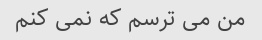
من می ترسم که نمی کنم